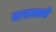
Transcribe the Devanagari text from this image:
दलामने